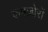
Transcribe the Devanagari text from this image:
कमज़ोरों